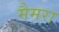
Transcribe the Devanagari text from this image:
मैमरा